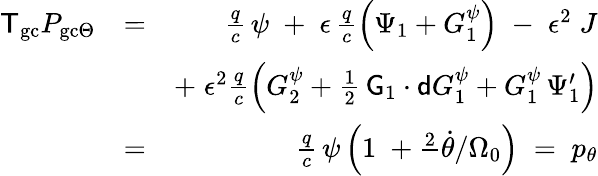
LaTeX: \begin{array}{rlr}{{\sf T}_{\mathrm{gc}}P_{\mathrm{gc}\Theta}}&{=}&{\frac{q}{c}\, \psi\; +\; \epsilon\, \frac{q}{c}\left(\Psi_{1}+G_{1}^{\psi}\right)\; -\; \epsilon^{2}\; J}\\ &{}&{+\; \epsilon^{2}\frac{q}{c}\left(G_{2}^{\psi}+\frac{1}{2}\, {\sf G}_{1}\cdot{\sf d}G_{1}^{\psi}+G_{1}^{\psi}\, \Psi_{1}^{\prime}\right)}\\ &{=}&{\frac{q}{c}\, \psi\left(1\; +\frac 2\, \dot{\theta}/\Omega_{0}\right)\; =\; p_{\theta}}\end{array}